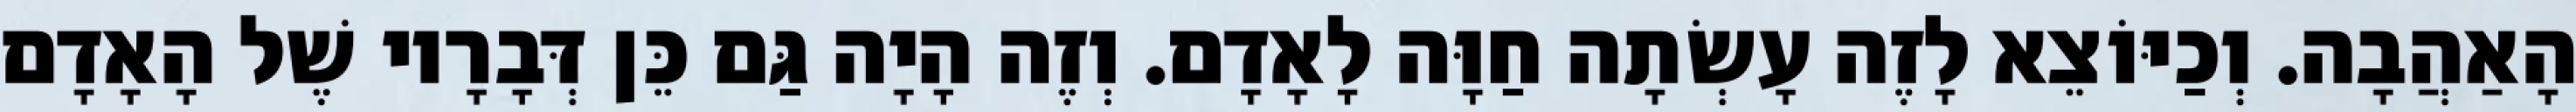
הָאַהֲבָה. וְכַיּוֹצֵא לָזֶה עָשְׂתָה חַוָּה לָאָדָם. וְזֶה הָיָה גַּם כֵּן דְּבָרָיו שֶׁל הָאָדָם